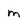
Character: m